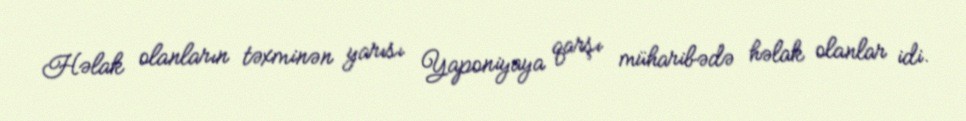
Həlak olanların təxminən yarısı Yaponiyaya qarşı müharibədə həlak olanlar idi.